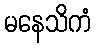
မနေသိကံ